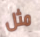
مثل